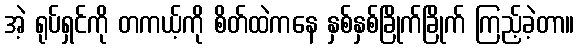
အဲ့ ရုပ်ရှင်ကို တကယ့်ကို စိတ်ထဲကနေ နှစ်နှစ်ခြိုက်ခြိုက် ကြည့်ခဲ့တာ။